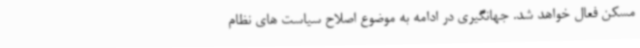
مسکن فعال خواهد شد. جهانگیری در ادامه به موضوع اصلاح سیاست های نظام